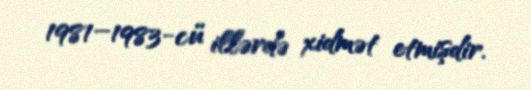
1981–1983-cü illərdə xidmət etmişdir.